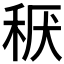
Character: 𱶂